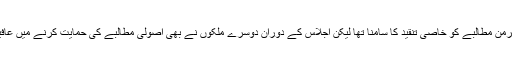
ابتداء میں جرمن مطالبے کو خاصی تنقید کا سامنا تھا لیکن اجلاس کے دوران دوسرے ملکوں نے بھی اصولی مطالبے کی حمایت کرنے میں عافیت سمجھی۔